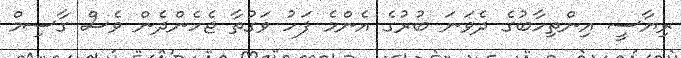
ރިޔާސީ އިންތިހާބުގެ ދެވަނަ ބުރުގެ އެންމެ ފަހު ވަގުތާ ޖެހެންދެން ވެސް ގާސިމް